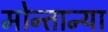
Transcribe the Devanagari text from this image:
मोन्तान्या